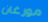
مورغان